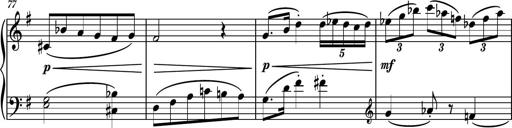
Title: Piano Sonatina No.7
Composer: Dimitri Sykias
Key: G major